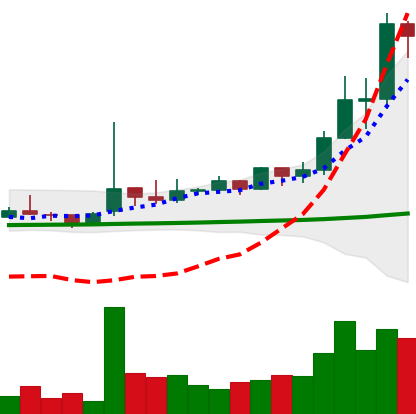
Ticker: TRX-USD
Chart end date: 2021-02-12
Forward return: -4.913%
Label: down_3_5